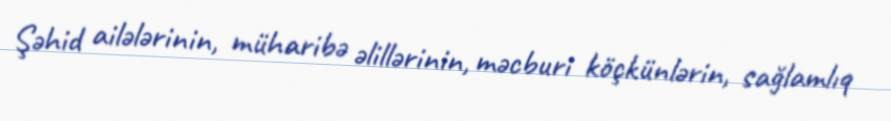
Şəhid ailələrinin, müharibə əlillərinin, məcburi köçkünlərin, sağlamlıq